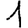
Digit: 1